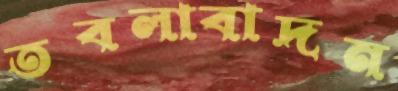
তবলাবাদন